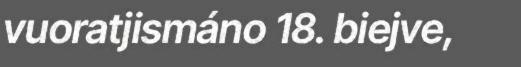
vuoratjismáno 18. biejve,